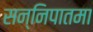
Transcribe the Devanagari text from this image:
सन्निपातमा